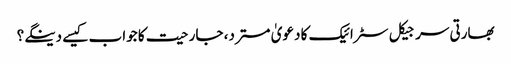
بھارتی سرجیکل سٹرائیک کا دعویٰ مسترد، جارحیت کا جواب کیسے دینگے؟